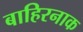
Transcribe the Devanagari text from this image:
बाहिरनाक